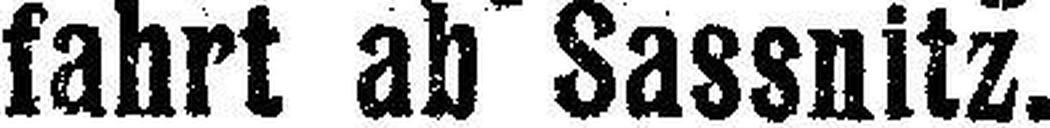
fahrt ab Sassnitz.